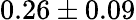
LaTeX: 0.26\pm 0.09